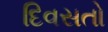
દિવસતો